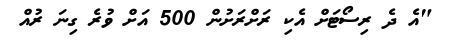
"އެ ދެ ރިސޯޓަށް އެކި ރަށްރަށުން 500 އަށް ވުރެ ގިނަ ރުއް